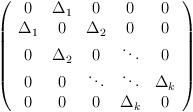
LaTeX: \begin{align*}\left(\begin{array}{ccccc}0 & \Delta _1 & 0 & 0 & 0 \\\Delta _1 & 0 & \Delta _2 & 0 & 0 \\0 & \Delta _2 & 0 & \ddots & 0 \\0 & 0 & \ddots & \ddots & \Delta _k \\0 & 0 & 0 & \Delta _k & 0\end{array}\right)\end{align*}